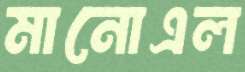
মানোএল